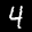
Label: 4